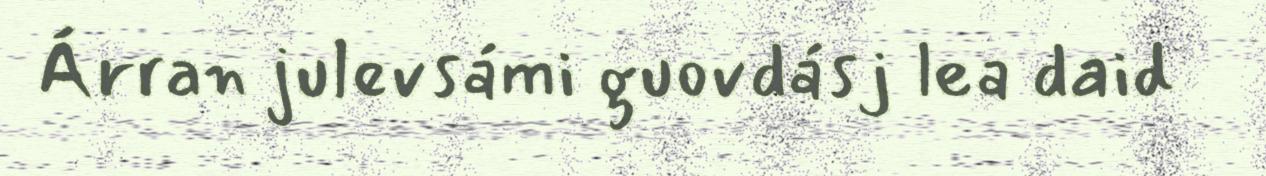
Árran julevsámi guovdásj lea daid